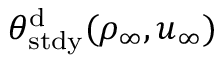
\theta _ { \mathrm { s t d y } } ^ { \mathrm { d } } ( \rho _ { \infty } , u _ { \infty } )